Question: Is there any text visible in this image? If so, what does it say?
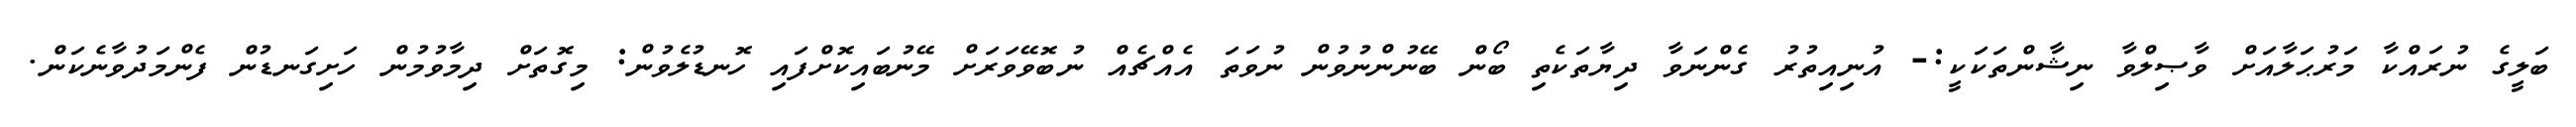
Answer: ބަލީގެ ނުރައްކާ މަރުޙަލާއަށް ވާޞިލްވާ ނިޝާންތަކަކީ:- އުނިއިތުރު ގެންނަވާ ދިޔާތަކެތި ބޯން ބޭނުންނުވުން ނުވަތަ އެއްޗެއް ނުބޮވޭވަރަށް މޭނުބައިކޮށްފައި ހޮނޑުލެވުން: މިގޮތަށް ދިމާވުމުން ހަށިގަނޑުން ފެންމަދުވާނެކަން.